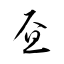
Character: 昼